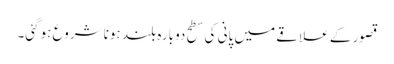
قصور کے علاقے میں پانی کی سطح دوبارہ بلند ہونا شروع ہوگئی۔